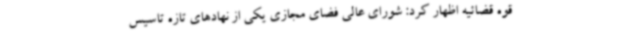
قوه قضائیه اظهار کرد: شورای عالی فضای مجازی یکی از نهادهای تازه تاسیس